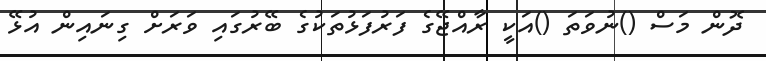
ދޮން މަސް ()ނުވަތަ ()އަކީ ރާއްޖޭގެ ފަރުފަޅުތަކުގެ ބޭރުގައި ވަރަށް ގިނައިން އުޅޭ